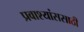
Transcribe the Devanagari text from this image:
प्रवाश्यांससाठी